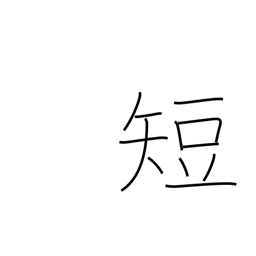
Meaning: defect